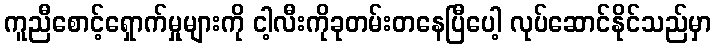
ကူညီစောင့်ရှောက်မှုများကို ငါ့လီးကိုခုတမ်းတနေပြီပေါ့ လုပ်ဆောင်နိုင်သည်မှာ